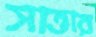
সাত্তার